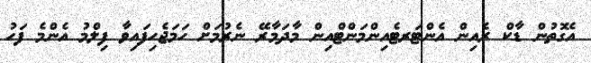
އެގޮތުން ޑާކް ރެއިން އެންޓަރޓެއިންމަންޓްއިން މާދަމާރޭ ނެރުމަށް ހަމަޖެހިފައިވާ ފިލްމު އެންމެ ފަހު